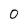
Character: 0